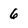
Character: 6